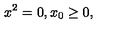
x ^ { 2 } = 0 , x _ { 0 } \geq 0 ,